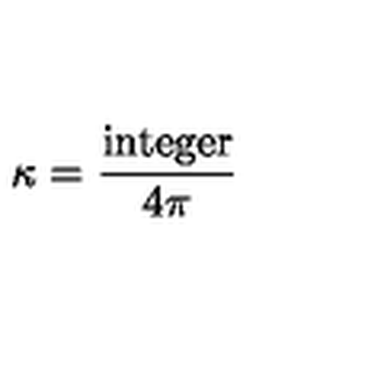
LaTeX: \kappa = { \frac { \mathrm { i n t e g e r } } { 4 \pi } }